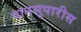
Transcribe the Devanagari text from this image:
पानसुपारीस